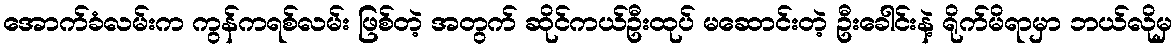
အောက်ခံလမ်းက ကွန်ကရစ်လမ်း ဖြစ်တဲ့ အတွက် ဆိုင်ကယ်ဦးထုပ် မဆောင်းတဲ့ ဦးခေါင်းနဲ့ ရိုက်မိရာမှာ ဘယ်လိုမှ